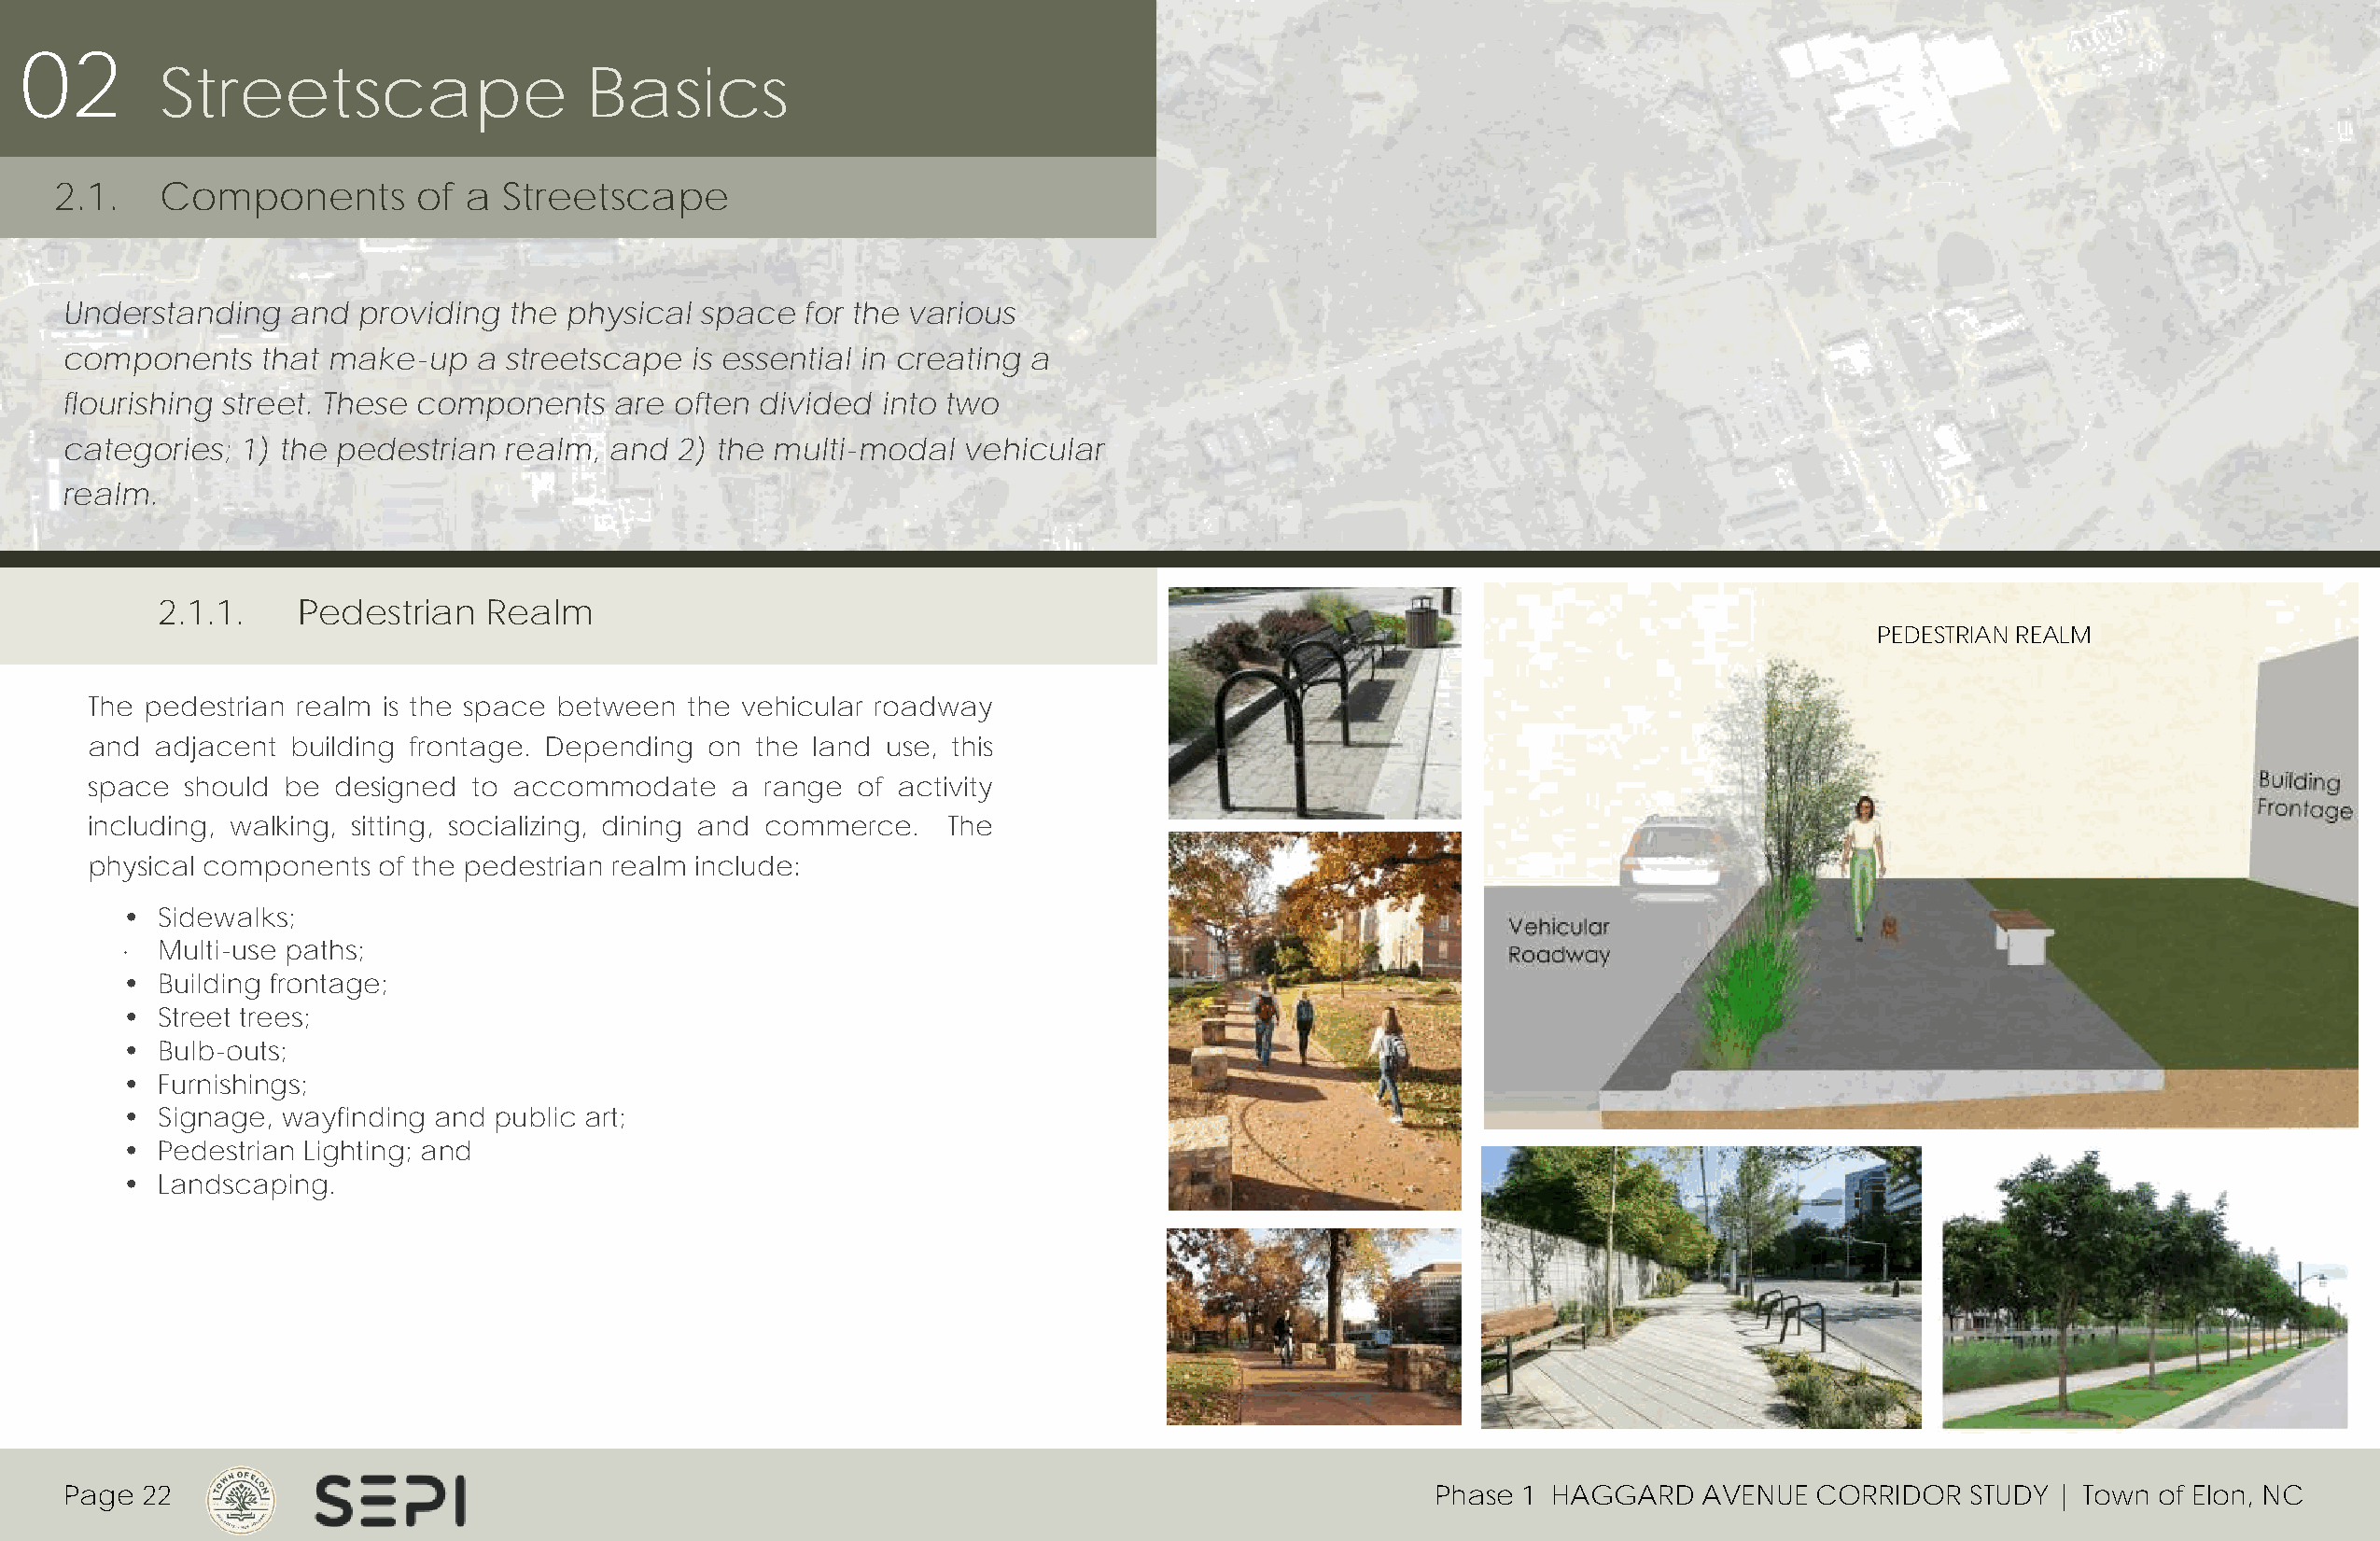
02
 Streetscape                    Basics
 2.1.   Components         of a  Streetscape
 Understanding    and providing  the physical  space  for the various
 components    that make-up    a streetscape  is essential in creating a
 flourishing street. These components    are often divided into two
 categories;  1) the pedestrian  realm, and  2) the multi-modal  vehicular
 realm.
 2.1.1.    Pedestrian   Realm
 PEDESTRIAN REALM
 The pedestrian realm is the space between  the vehicular roadway
 and  adjacent  building frontage. Depending on  the land use, this
 space  should be  designed to accommodate     a range  of activity
 including, walking, sitting, socializing, dining and commerce. The
 physical components  of the pedestrian realm include:
 • Sidewalks;
 · Multi-use paths;
 • Building frontage;
 • Street trees;
 • Bulb-outs;
 • Furnishings;
 • Signage, wayfinding and public art;
 • Pedestrian Lighting; and
 • Landscaping.
 Page 22                                                                                          P h a s e 1 H A G G A R D A V ENUE CORRIDOR STUDY | Town of Elon, NC